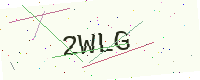
Text: 2WLG